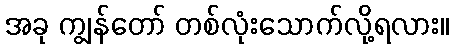
အခု ကျွန်တော် တစ်လုံးသောက်လို့ရလား။